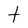
Character: t